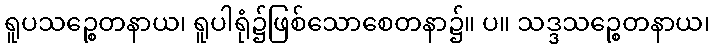
ရူပသဉ္စေတနာယ၊ ရူပါရုံ၌ဖြစ်သောစေတနာ၌။ ပ။ သဒ္ဒသဉ္စေတနာယ၊